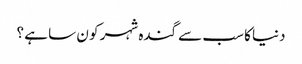
دنیا کا سب سے گندہ شہر کو ن سا ہے ؟